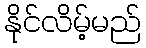
နိုင်လိမ့်မည်